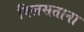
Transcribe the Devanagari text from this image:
विलसताना